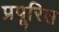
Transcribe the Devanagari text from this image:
प्रपूरित